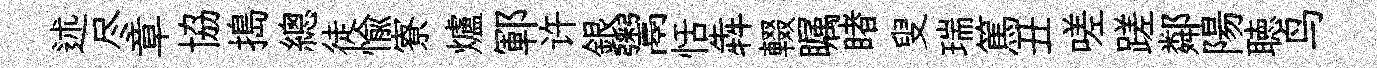
述尽章協搗總徒愉寮爐鄆许銀鬻恬犇輟瞩睹叟瑞篤丑嗟蹉鄰陽聴鸟